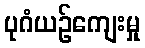
ပုဂံယဉ်ကျေးမှု